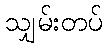
သျှမ်းတပ်